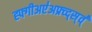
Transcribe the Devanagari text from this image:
ह्फ्गीअए॑अफ्र्व्द्स्व्॑